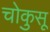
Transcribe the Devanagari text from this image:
चोकुसू